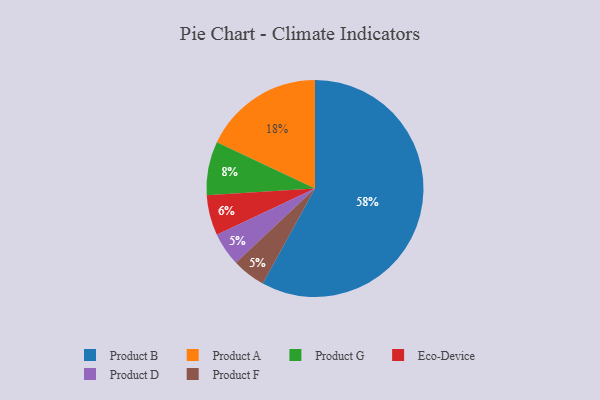
{"axis": {"x": "Category", "y": "Percentage"}, "legend": ["Eco-Device", "Product A", "Product B", "Product D", "Product F", "Product G"], "data": [{"x": "Eco-Device", "y": 6, "type": "Eco-Device"}, {"x": "Product D", "y": 5, "type": "Product D"}, {"x": "Product B", "y": 58, "type": "Product B"}, {"x": "Product A", "y": 18, "type": "Product A"}, {"x": "Product G", "y": 8, "type": "Product G"}, {"x": "Product F", "y": 5, "type": "Product F"}]}